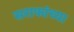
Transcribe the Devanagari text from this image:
सराफांच्या